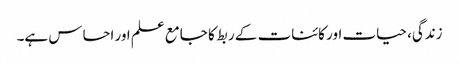
زندگی، حیات اور کائنات کے ربط کا جامع علم اور احساس ہے۔